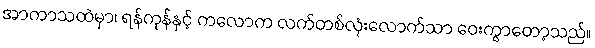
အာကာသထဲမှာ၊ ရန်ကုန်နှင့် ကလောက လက်တစ်လုံးလောက်သာ ဝေးကွာတော့သည်။